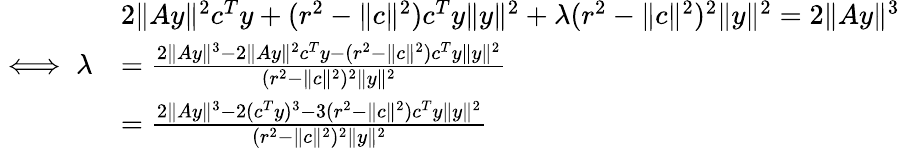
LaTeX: \begin{array}{rl}&{2\| Ay\| ^{2}c^{T}y+(r^{2}-\| c\| ^{2})c^{T}y\| y\| ^{2}+\lambda(r^{2}-\| c\| ^{2})^{2}\| y\| ^{2}=2\| Ay\| ^{3}}\\ {\iff\lambda}&{=\frac{2\| Ay\| ^{3}-2\| Ay\| ^{2}c^{T}y-(r^{2}-\| c\| ^{2})c^{T}y\| y\| ^{2}}{(r^{2}-\| c\| ^{2})^{2}\| y\| ^{2}}}\\ &{=\frac{2\| Ay\| ^{3}-2(c^{T}y)^{3}-3(r^{2}-\| c\| ^{2})c^{T}y\| y\| ^{2}}{(r^{2}-\| c\| ^{2})^{2}\| y\| ^{2}}}\end{array}